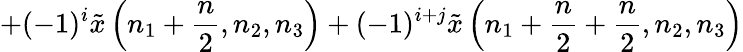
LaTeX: +(-1)^{i}{\tilde{x}}\left(n_{1}+{\frac{n}{2}},n_{2},n_{3}\right)+(-1)^{i+j}{\tilde{x}}\left(n_{1}+{\frac{n}{2}}+{\frac{n}{2}},n_{2},n_{3}\right)